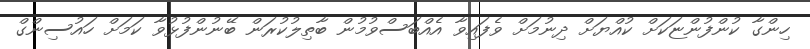
ހިންގާ ކުންފުންޏަކަށް ކުއްޔަށް ދިނުމަށް ވެފައިވާ އެއްބަސްވުމުން ބާތިލުކުރަން ބޭނުންފުޅުވާ ކަމަށް ހައުސިންގް